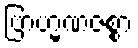
ဗြာဟ္မဏဇစ္စာ